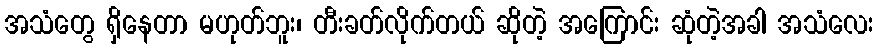
အသံတွေ ရှိနေတာ မဟုတ်ဘူး၊ တီးခတ်လိုက်တယ် ဆိုတဲ့ အကြောင်း ဆုံတဲ့အခါ အသံလေး